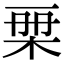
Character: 𣑨